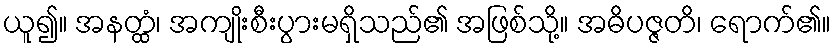
ယူ၍။ အနတ္ထံ၊ အကျိုးစီးပွားမရှိသည်၏ အဖြစ်သို့။ အဓိပဇ္ဇတိ၊ ရောက်၏။